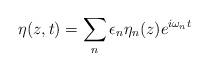
LaTeX: \begin{align*}\eta (z,t) = \sum_n \epsilon_n \eta_n (z) e^{i\omega_n t}\end{align*}